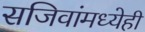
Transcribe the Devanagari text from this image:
सजिवांमध्येही